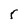
Character: 5